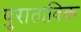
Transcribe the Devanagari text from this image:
पुराताविक